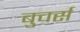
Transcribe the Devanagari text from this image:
बुचर्स